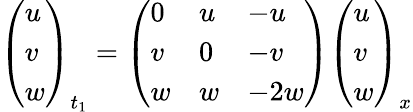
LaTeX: \left(\begin{array}{l}{{u}}\\ {{v}}\\ {{w}}\end{array}\right)_{t_{1}}=\left(\begin{array}{lll}{{0}}&{{u}}&{{-u}}\\ {{v}}&{{0}}&{{-v}}\\ {{w}}&{{w}}&{{-2w}}\end{array}\right)\left(\begin{array}{l}{{u}}\\ {{v}}\\ {{w}}\end{array}\right)_{x}